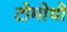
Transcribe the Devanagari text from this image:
टोमोथी